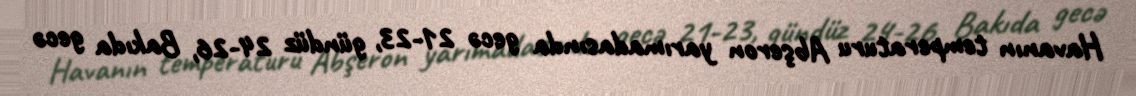
Havanın temperaturu Abşeron yarımadasında gecə 21-23, gündüz 24-26, Bakıda gecə